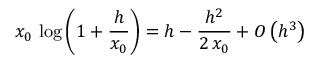
x _ { 0 } \, \log \left( 1 + { \frac { h } { x _ { 0 } } } \right) = h - { \frac { h ^ { 2 } } { 2 \, x _ { 0 } } } + O \left( h ^ { 3 } \right)